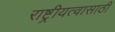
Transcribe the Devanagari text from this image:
राष्ट्रीयत्वासाठी